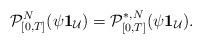
LaTeX: \begin{align*} {\cal P}^N_{[0, T ] }(\psi \mathbf 1_{\mathcal U}) = {\cal P}^{*,N}_{[0, T ] }(\psi \mathbf 1_{\mathcal U}) . \end{align*}